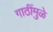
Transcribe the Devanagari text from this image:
गाठींमुळे